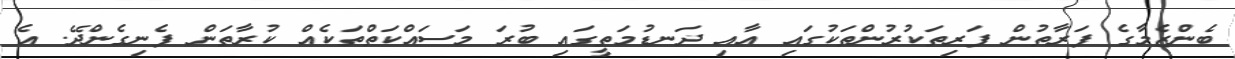
ބެންޒެމާގެ ފަރާތުން ފަރިތަކުރުންތަކުގައި އާއި ދަނޑުމަތީގައި ބުރަ މަސައްކަތްތަކެއް ކުރާތަން ފެނިގެންދޭ. އެ